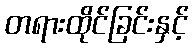
တရားထိုင်ခြင်းနှင့်